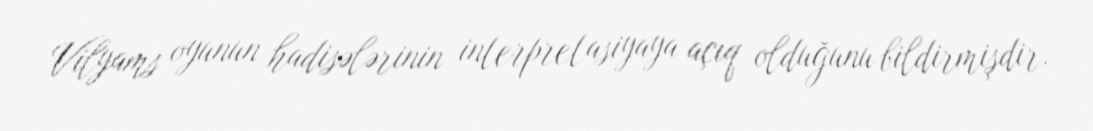
Vilyams oyunun hadisələrinin interpretasiyaya açıq olduğunu bildirmişdir.